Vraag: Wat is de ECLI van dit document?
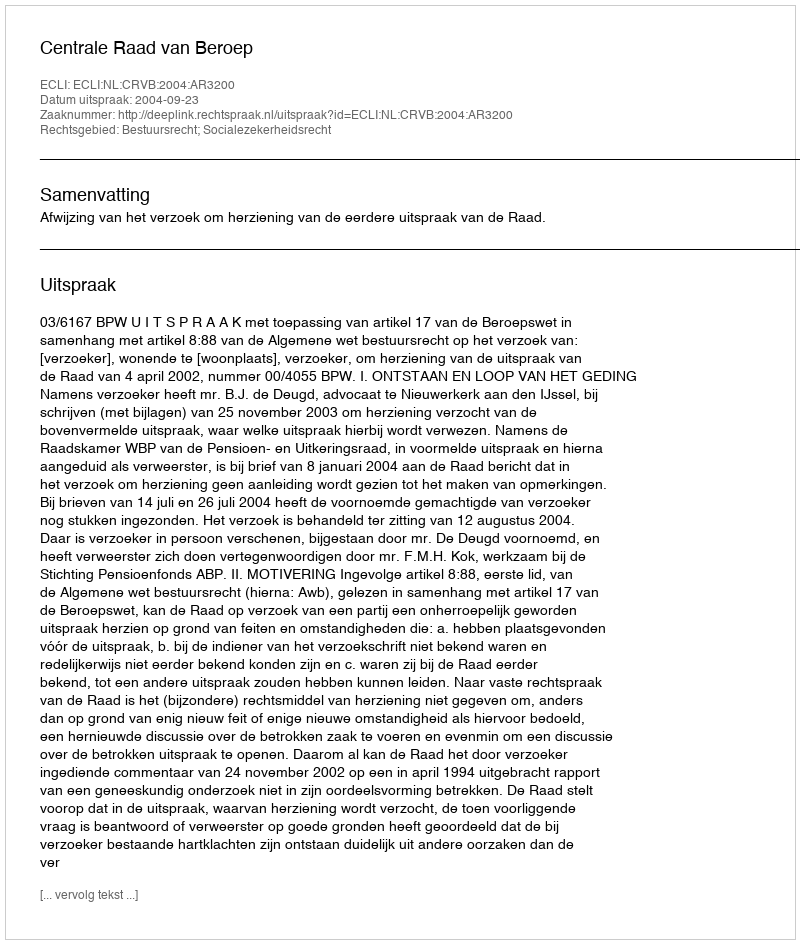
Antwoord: ECLI:NL:CRVB:2004:AR3200